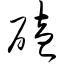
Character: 磕